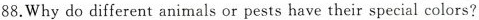
88.Why do different animals or pests have their special colors?